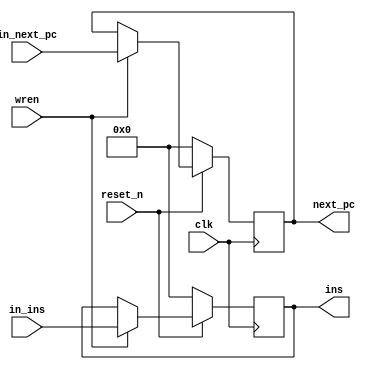
// STAGE REGISTER
// Betwenn IF(instruction fetch) and ID(instruction decode)
module STAGE_REG_FD(
    input reset_n,
    input clk,
    input wren,
    input [31:0] in_ins,
    input [31:0] in_next_pc,
    output reg [31:0] ins,
    output reg [31:0] next_pc
);

always @(posedge clk) begin
    if(!reset_n) begin
        ins <= 0;
        next_pc <= 0;
    end
    else if(wren) begin
        ins <= in_ins;
        next_pc <= in_next_pc;
    end
end

endmodule


// STAGE REGISTER
// Betwenn ID(instruction decode) and EX(instruction execute)
module STAGE_REG_DE(
    input reset_n,
    input clk,
    input wren,
    input [31:0] in_next_pc,
    input [31:0] in_data0,
    input [31:0] in_data1,
    input [4:0] in_dst_reg,
    input [31:0] in_ins,
    input in_dec_alu_src,
    input in_dec_mem_to_reg,
    input in_dec_reg_write,
    input in_dec_mem_read,
    input in_dec_mem_write,
    input in_dec_branch,
    input in_dec_jmp,
    input [3:0] in_dec_alu_op,
    input in_dec_alu_result_to_pc,
    input in_dec_pc_to_ra,
    output reg [31:0] next_pc,
    output reg [31:0] data0,
    output reg [31:0] data1,
    output reg [4:0] dst_reg,
    output reg [31:0] ins,
    output reg dec_alu_src,
    output reg dec_mem_to_reg,
    output reg dec_reg_write,
    output reg dec_mem_read,
    output reg dec_mem_write,
    output reg dec_branch,
    output reg dec_jmp,
    output reg [3:0] dec_alu_op,
    output reg dec_alu_result_to_pc,
    output reg dec_pc_to_ra
);

always @(posedge clk) begin
    if(!reset_n) begin
        next_pc <= 0;
        data0 <= 0;
        data1 <= 0;
        dst_reg <= 0;
        ins <= 0;
        
        dec_alu_src <= 0;
        dec_mem_to_reg <= 0;
        dec_reg_write <= 0;
        dec_mem_read <= 0;
        dec_mem_write <= 0;
        dec_branch <= 0;
        dec_jmp <= 0;
        dec_alu_op <= 0;
        dec_alu_result_to_pc <= 0;
        dec_pc_to_ra <= 0;
    end
    else if(wren) begin
        next_pc <= in_next_pc;
        data0 <= in_data0;
        data1 <= in_data1;
        dst_reg <= in_dst_reg;
        ins <= in_ins;
        
        dec_alu_src <= in_dec_alu_src;
        dec_mem_to_reg <= in_dec_mem_to_reg;
        dec_reg_write <= in_dec_reg_write;
        dec_mem_read <= in_dec_mem_read;
        dec_mem_write <= in_dec_mem_write;
        dec_branch <= in_dec_branch;
        dec_jmp <= in_dec_jmp;
        dec_alu_op <= in_dec_alu_op;
        dec_alu_result_to_pc <= in_dec_alu_result_to_pc;
        dec_pc_to_ra <= in_dec_pc_to_ra;
    end
end

endmodule


// STAGE REGISTER
// Betwenn EX(instruction execute) and MEM(memory access)
module STAGE_REG_EM(
    input reset_n,
    input clk,
    input wren,
    input [31:0] in_next_pc,
    input [31:0] in_branch_pc,
    input [31:0] in_alu_result,
    input [31:0] in_mem_write_data,
    input [4:0] in_dst_reg,
    input [31:0] in_ins,
    input in_dec_mem_to_reg,
    input in_dec_reg_write,
    input in_dec_mem_read,
    input in_dec_mem_write,
    input in_dec_branch,
    input in_dec_jmp,
    input in_alu_result_zero,
    input in_dec_alu_result_to_pc,
    input in_dec_pc_to_ra,
    output reg [31:0] next_pc,
    output reg [31:0] branch_pc,
    output reg [31:0] alu_result,
    output reg [31:0] mem_write_data,
    output reg [4:0] dst_reg,
    output reg [31:0] ins,
    output reg dec_mem_to_reg,
    output reg dec_reg_write,
    output reg dec_mem_read,
    output reg dec_mem_write,
    output reg dec_branch,
    output reg dec_jmp,
    output reg alu_result_zero,
    output reg dec_alu_result_to_pc,
    output reg dec_pc_to_ra
);

always @(posedge clk) begin
    if(!reset_n) begin
        next_pc <= 0;
        branch_pc <= 0;
        ins <= 0;
        dec_mem_to_reg <= 0;
        dec_reg_write <= 0;
        dec_mem_read <= 0;
        dec_mem_write <= 0;
        dec_branch <= 0;
        dec_jmp <= 0;
        alu_result_zero <= 0;
        alu_result <= 0;
        dst_reg <= 0;
        mem_write_data <= 0;
        dec_alu_result_to_pc <= in_dec_alu_result_to_pc;
        dec_pc_to_ra <= 0;
    end
    else if(wren) begin
        next_pc <= in_next_pc;
        branch_pc <= in_branch_pc;
        ins <= in_ins;
        dec_mem_to_reg <= in_dec_mem_to_reg;
        dec_reg_write <= in_dec_reg_write;
        dec_mem_read <= in_dec_mem_read;
        dec_mem_write <= in_dec_mem_write;
        dec_branch <= in_dec_branch;
        dec_jmp <= in_dec_jmp;
        alu_result_zero <= in_alu_result_zero;
        alu_result <= in_alu_result;
        dst_reg <= in_dst_reg;
        mem_write_data <= in_mem_write_data;
        dec_alu_result_to_pc <= in_dec_alu_result_to_pc;
        dec_pc_to_ra <= in_dec_pc_to_ra;
    end
end

endmodule

// STAGE REGISTER
// Betwenn MEM(memory access) and WB(write back)
module STAGE_REG_MW(
    input reset_n,
    input clk,
    input wren,
    input [31:0] in_mem_data,
    input [31:0] in_alu_result,
    input [4:0] in_dst_reg,
    input [31:0] in_return_pc,
    input in_dec_mem_to_reg,
    input in_dec_reg_write,
    input in_dec_pc_to_ra,
    output reg [31:0] mem_data,
    output reg [31:0] alu_result,
    output reg [4:0] dst_reg,
    output reg [31:0] return_pc,
    output reg dec_mem_to_reg,
    output reg dec_reg_write,
    output reg dec_pc_to_ra
);

always @(posedge clk) begin
    if(!reset_n) begin
        mem_data <= 0;
        alu_result <= 0;
        dst_reg <= 0;
        return_pc <= 0;
        dec_mem_to_reg <= 0;
        dec_reg_write <= 0;
        dec_pc_to_ra <= 0;
    end
    else if(wren) begin
        mem_data <= in_mem_data;
        alu_result <= in_alu_result;
        dst_reg <= in_dst_reg;
        return_pc <= in_return_pc;
        dec_mem_to_reg <= in_dec_mem_to_reg;
        dec_reg_write <= in_dec_reg_write;
        dec_pc_to_ra <= in_dec_pc_to_ra;
    end
end
endmodule



module PC(
    input reset_n,
    input clk,
    input wren,
    input [31:0] jmp_to,
    output [31:0] pc_data
);

reg [31:0] _pc_data;

assign pc_data = _pc_data;

always @(posedge clk) begin
    if(!reset_n) begin
        _pc_data <= 0;
    end
    else if(wren) begin
        _pc_data <= jmp_to;
    end
end


endmodule